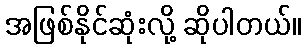
အဖြစ်နိုင်ဆုံးလို့ ဆိုပါတယ်။